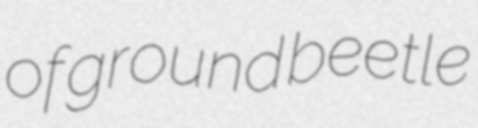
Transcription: of ground beetle